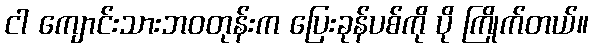
ငါ ကျောင်းသားဘဝတုန်းက ပြေးခုန်ပစ်ကို ပို ကြိုက်တယ်။